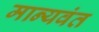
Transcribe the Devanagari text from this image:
मान्यवंत